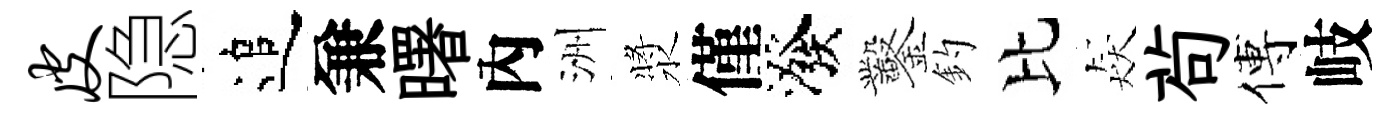
皮隐追兼曙內洲漿僅潑鑿釣比猋茍傅岐